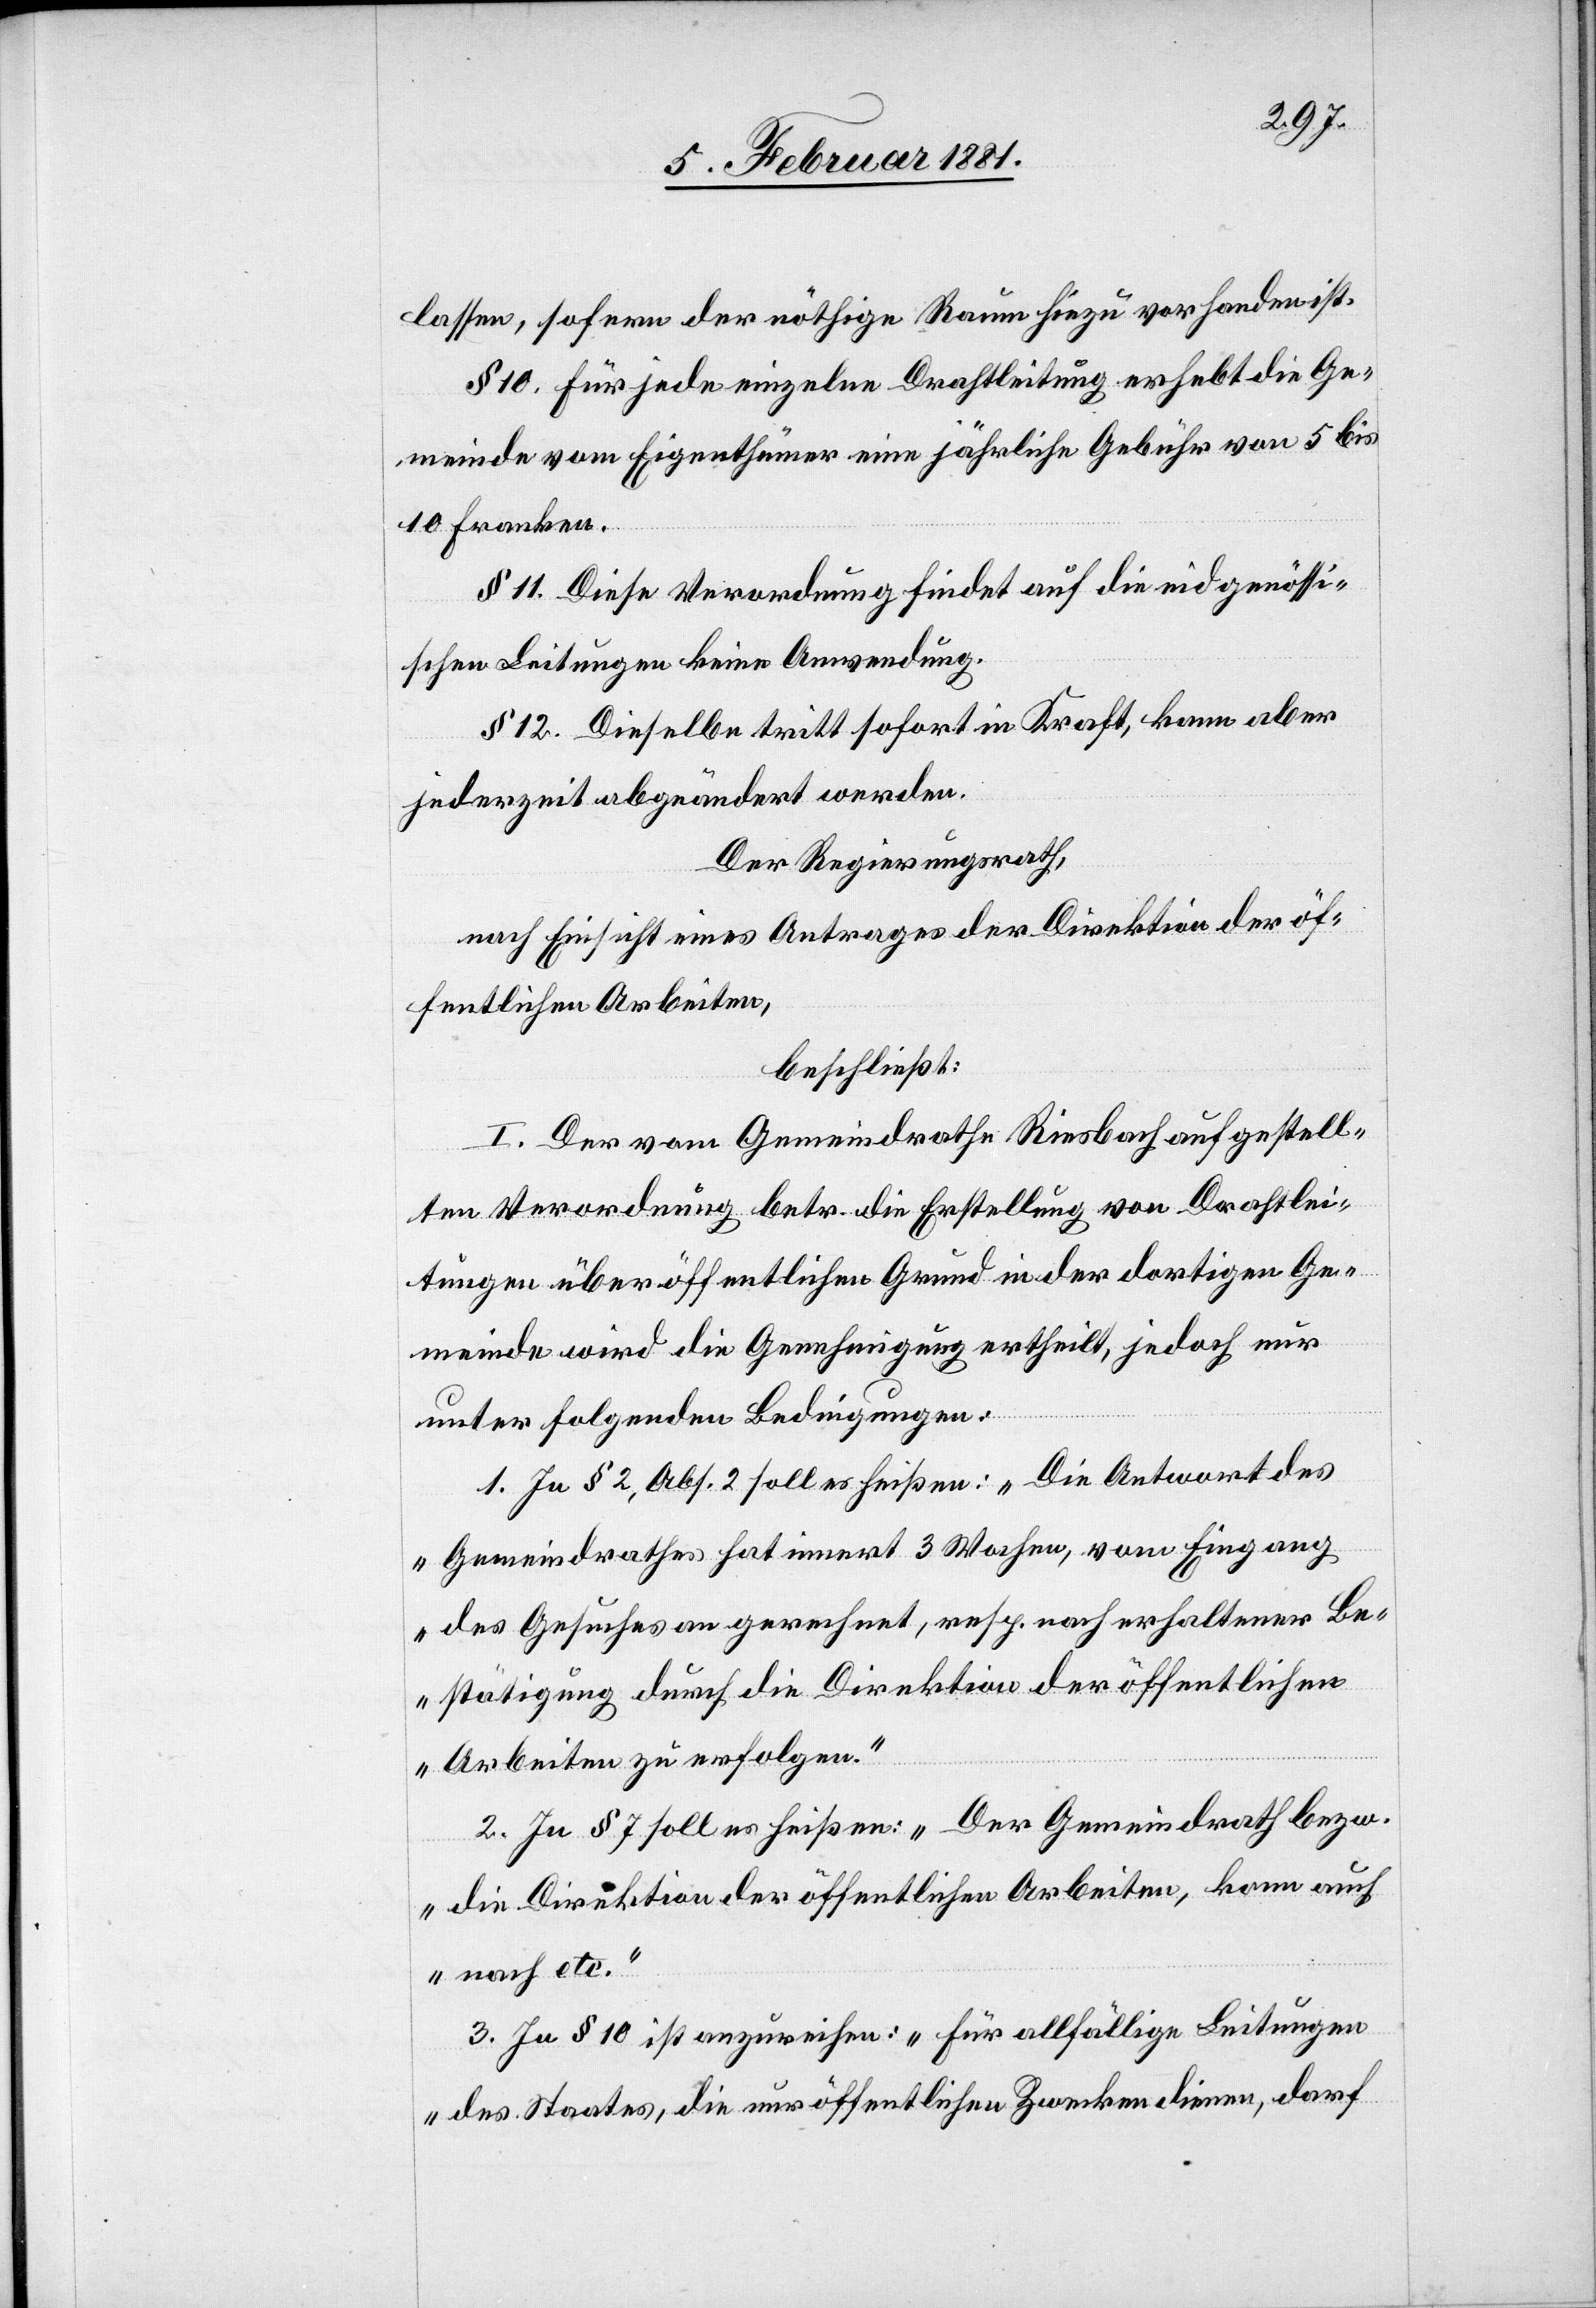
lassen, sofern der nöthige Raum hiezu vorhanden ist.
§ 10. Für jede einzelne Drahtleitung erhebt die Ge¬
meinde vom Eigenthümer eine jährliche Gebühr von 5 bis
10 Franken.
§ 11. Diese Verordnung findet auf die eidgenössi¬
schen Leitungen keine Anwendung.
§ 12. Dieselbe tritt sofort in Kraft, kann aber
jederzeit abgeändert werden.
Der Regierungsrath,
nach Einsicht eines Antrages der Direktion der öf¬
fentlichen Arbeiten,
beschließt:
I. Der vom Gemeindrathe Riesbach aufgestell¬
zu
ten Verordnung betr. die Erstellung von Drahtlei¬
tungen über öffentlichen Grund in der dortigen Ge¬
meinde wird die Genehmigung ertheilt, jedoch nur
unter folgenden Bedingungen:
1. In § 2, Abs. 2 soll es heißen: „Die Antwort des
Gemeindrathes hat innert 3 Wochen, vom Eingang
des Gesuches an gerechnet, resp. nach erhaltener Be¬
stätigung durch die Direktion der öffentlichen
Arbeiten zu erfolgen.“
2. In § 7 soll es heißen: „Der Gemeindrath bezw.
die Direktion der öffentlichen Arbeiten, kann auch
nach etc.“
3. In § 10 ist anzureihen: „Für allfällige Leistungen
des Staates, die nur öffentlichen Zwecken dienen, darf